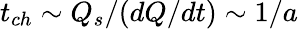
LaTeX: t_{ch}\sim Q_{s}/(dQ/dt)\sim 1/a